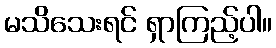
မသိသေးရင် ရှာကြည့်ပါ။